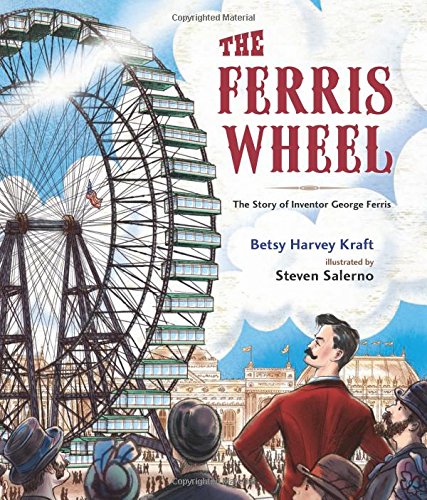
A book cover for The Fantastic Ferris Wheel: The Story of Inventor George Ferris; Betsy Harvey Kraft; Children's Books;